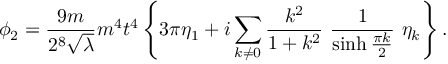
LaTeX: \phi _ { 2 } = \frac { 9 m } { 2 ^ { 8 } \sqrt \lambda } m ^ { 4 } t ^ { 4 } \left\{ 3 \pi \eta _ { 1 } + i \sum _ { k \not = 0 } \frac { k ^ { 2 } } { 1 + k ^ { 2 } } ~ \frac { 1 } { \sinh \frac { \pi k } { 2 } } ~ \eta _ { k } \right\} .